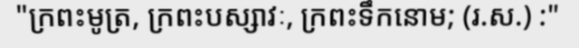
"ក្រពះមូត្រ, ក្រពះបស្សាវៈ, ក្រពះទឹកនោម; (រ.ស.) :"